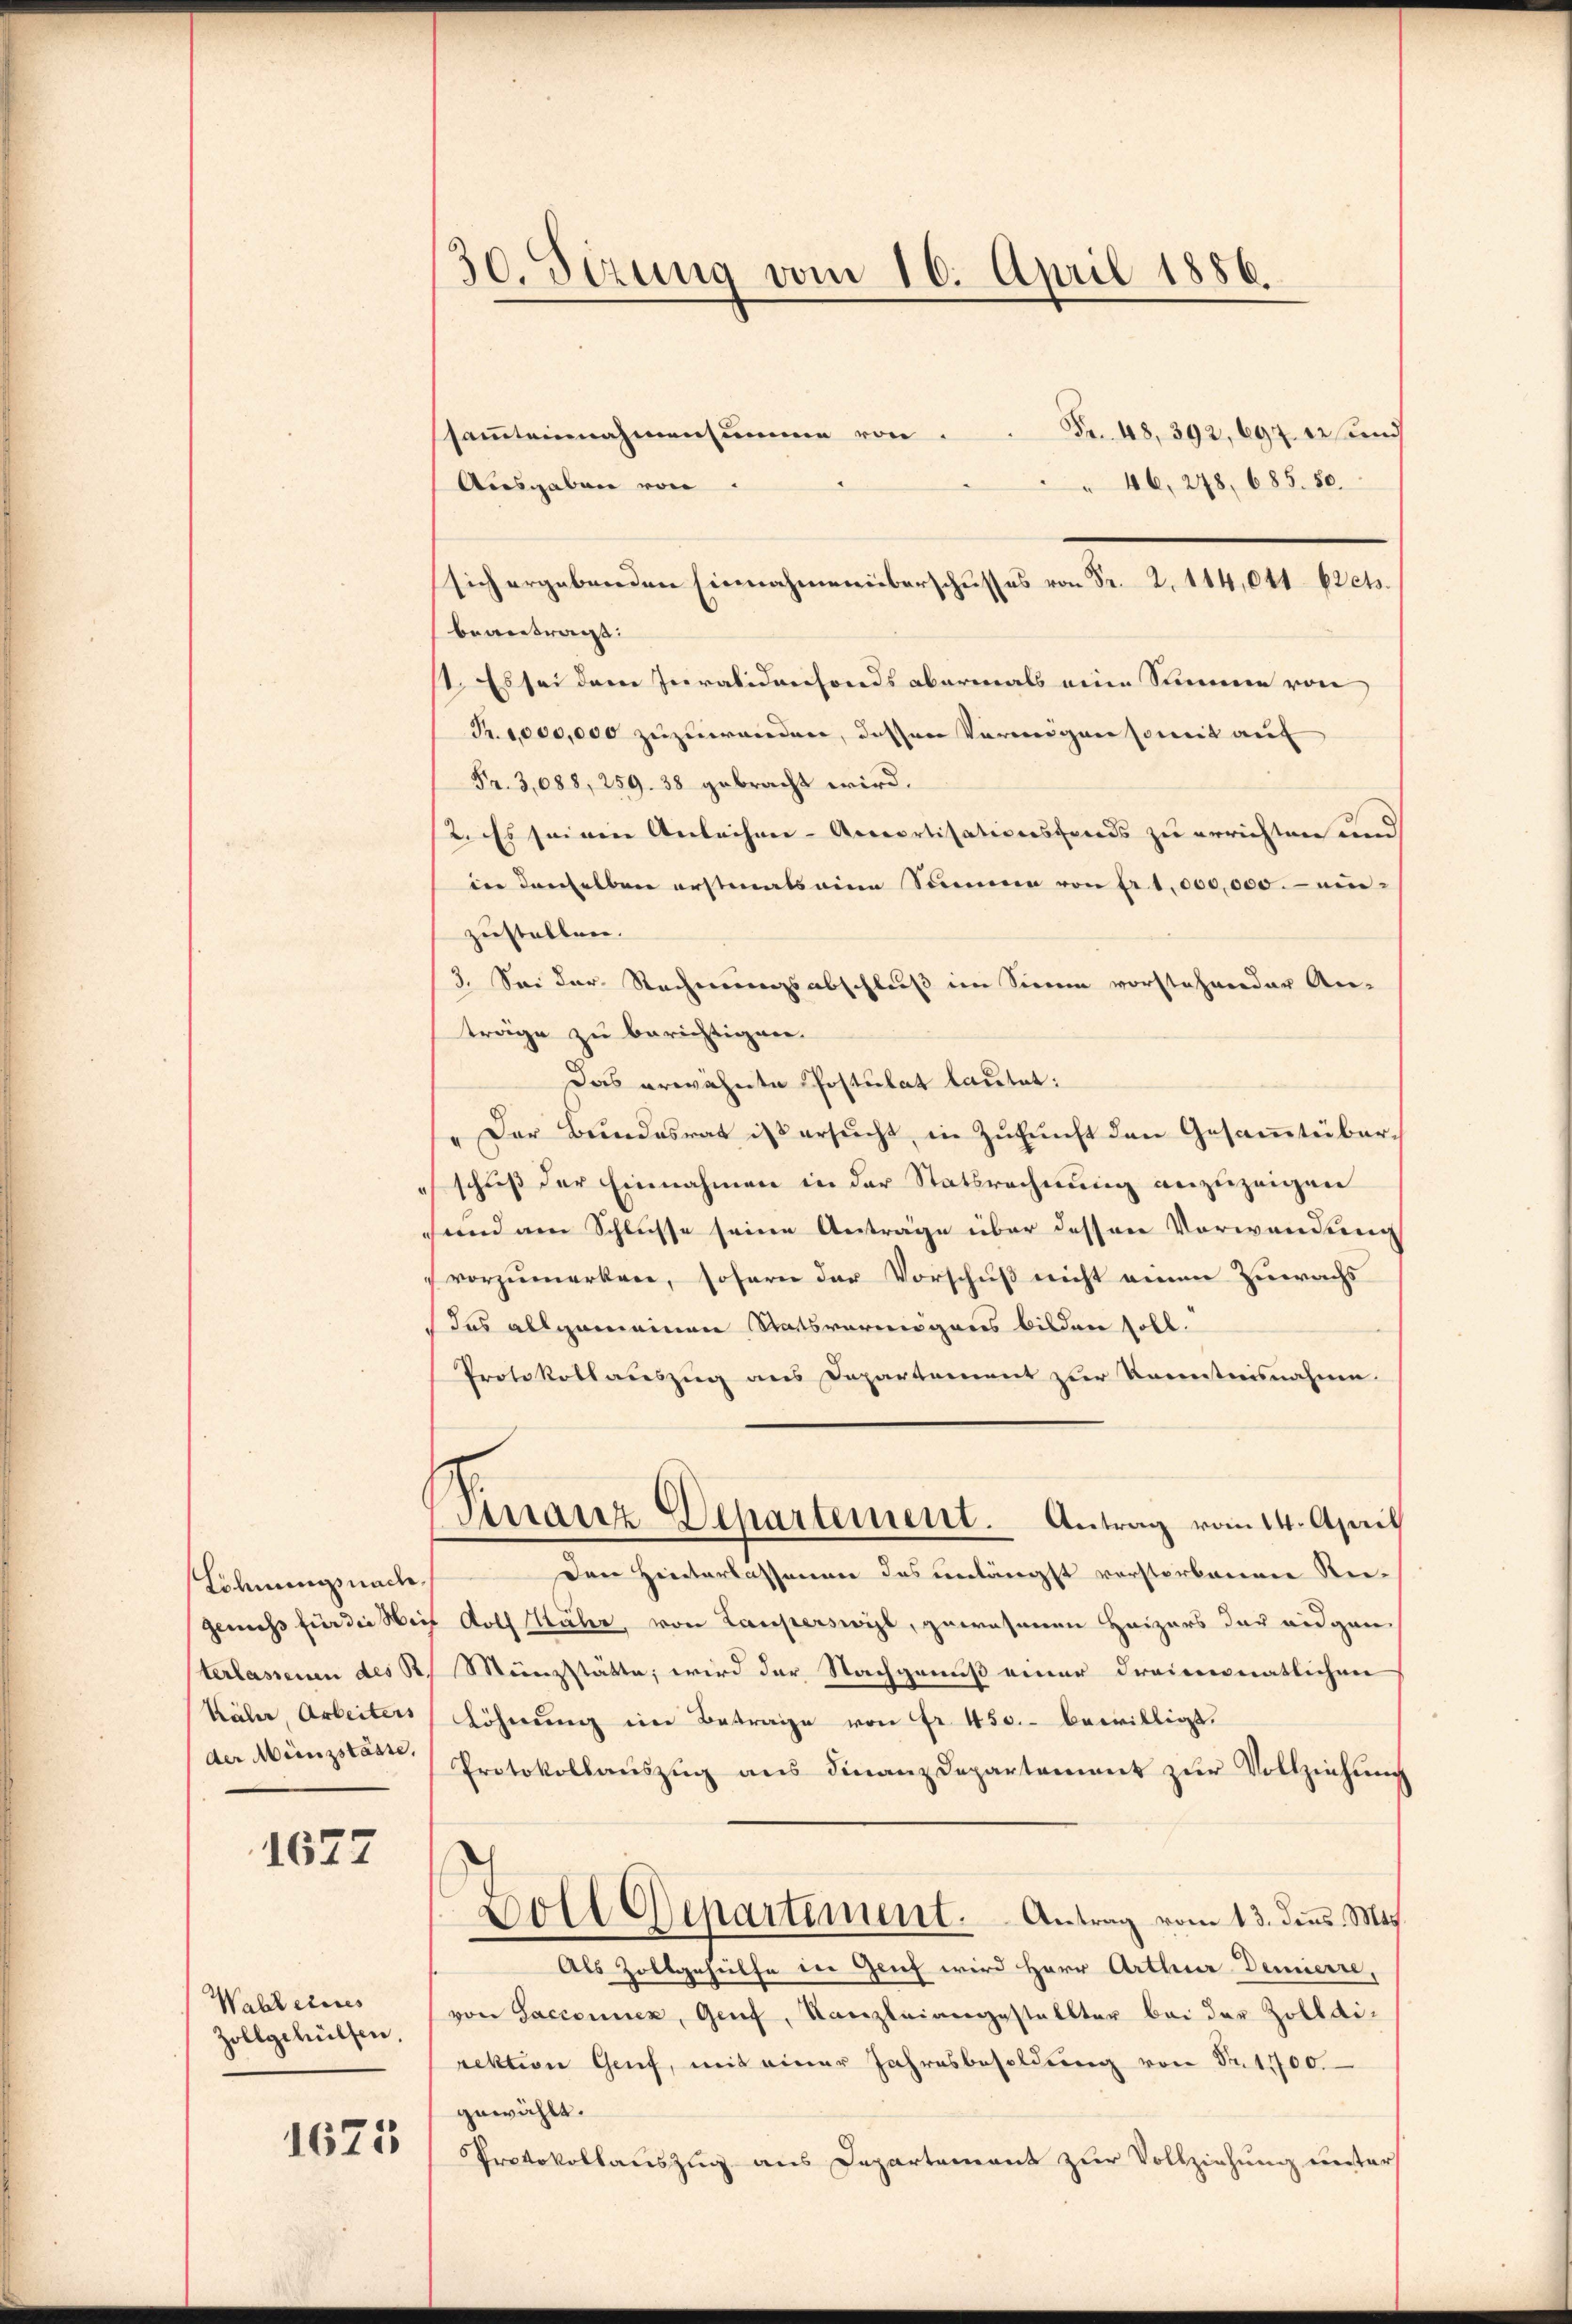
Löhnungsnach,
genuss für die Mei
terlassenen des B.
Kähr, Arbeiters
der Münzstässe,

1677

Wahl eines
Zollgehülfen.

1675

30. Sizung vom 16. April 1886.

Fr. 48, 392, 697. 22 und
samteinnahmensummen von
46, 248, 685. 50.
Ausgaben von
sich ergebenden Einnahmen überschusses von Fr. 2. 114,041 krets.
beantragt:
t. Es sei dem Invalidenfonds abermals eine Summe von
Fr. 1000,000 zuzuwanden, dessen Vermögen sowie auf
Fr. 3,088, 259. 38 gebracht wird.
2. Es seinen Anleihen-Aerartisationsfonds zu errichten und
in denselben erstmals eine Summe von Fr. 1000,000. ein-
zustellen.
3. Sei der Rechnungsabschluß im Sinne vorstehender An-
träge zu berichtigen.
Das erwähnte Postulat lautet:
Der Bundesrat ist ersucht, in Zukunft den Gesammtüberschuß der Einnahmen in der Statsrechnung anzuzeigen
send am Schlusse seine Anträge über dessen Vorwendung
vorzumerken, sofern der Vorschuß nicht einen Zuwachs
das allgemeinen Statsvermögens bilden soll.
Protokollauszug aus Departement zur Kenntnisnahme.
Sinanz-Departement. Antrag vom 14. April
Den Hinterlassenen das unlängst verstorbenen Re-
 Roth Kähr, von Lauperswil, gewesenen Heizers der eidgen
Münzstätte, wird der Nachgenuß einer dreimonatlichen
Löhnŭng im Betrage von Fr. 450. bewilligt.
Protokollauszug aus Finanzdepartement zur Vollziehung
Boll Departement. Antrag vom 13. dener. Mts
Als Zollgehülfe in Genf wird Herr Arthur Demierre,
von Sacconnen, Genf, Kanzleiangestellter bei der Zolldi-
rektion Genf, mit einer Jahresbesoldung von Sr. 1100.
gewählt.
PProtokollauszug aus Departement zur Vollziehung unter